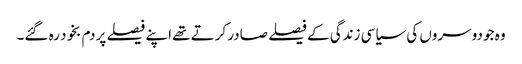
وہ جو دوسروں کی سیاسی زندگی کے فیصلے صادر کرتے تھے اپنے فیصلے پر دم بخود رہ گئے۔